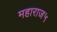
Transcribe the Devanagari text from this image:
महाराज५